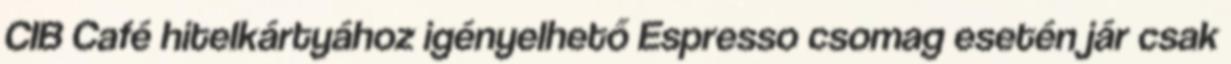
CIB Café hitelkártyához igényelhető Espresso csomag esetén jár csak